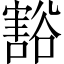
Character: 豁